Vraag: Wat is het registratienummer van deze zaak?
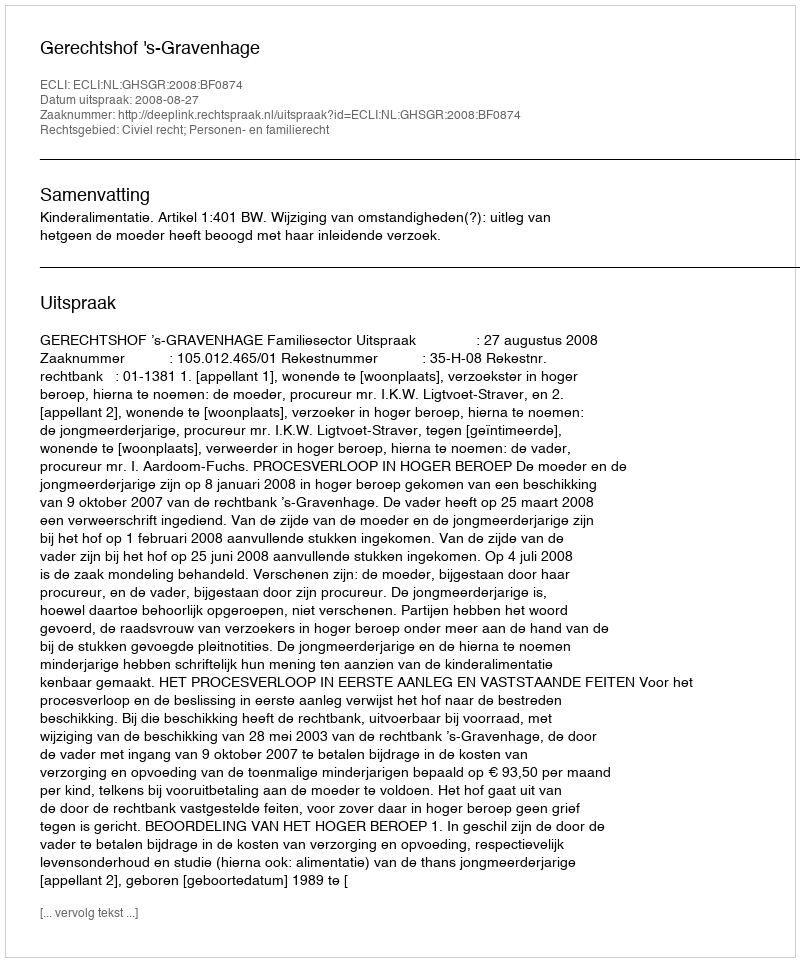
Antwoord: http://deeplink.rechtspraak.nl/uitspraak?id=ECLI:NL:GHSGR:2008:BF0874